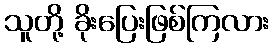
သူတို့ ခိုးပြေးဖြစ်ကြလား